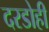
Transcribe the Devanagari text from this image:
दरडोही